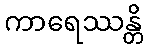
ကာရေဿန္တိ